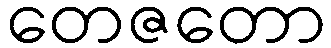
တေဇတော